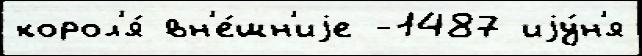
корол'я́ вн'е́шн'иjе -1487 иjу́н'я